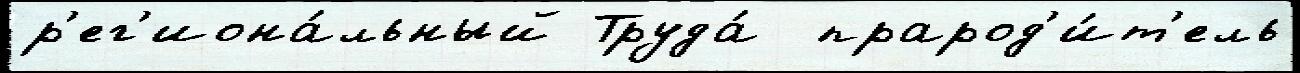
р'ег'иона́льный Труда́  прарод'и́т'ель